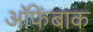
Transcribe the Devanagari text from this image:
ऑफेंबाक